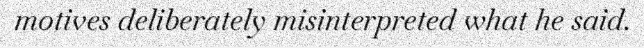
motives deliberately misinterpreted what he said.